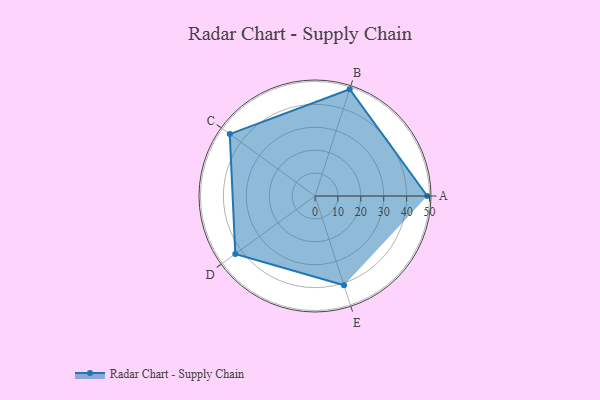
{"axis": {"x": "Skill", "y": "Score"}, "legend": ["Profile"], "data": [{"x": "A", "y": 49.0, "type": "Profile"}, {"x": "B", "y": 49.0, "type": "Profile"}, {"x": "C", "y": 46.0, "type": "Profile"}, {"x": "D", "y": 43.0, "type": "Profile"}, {"x": "E", "y": 41.0, "type": "Profile"}]}